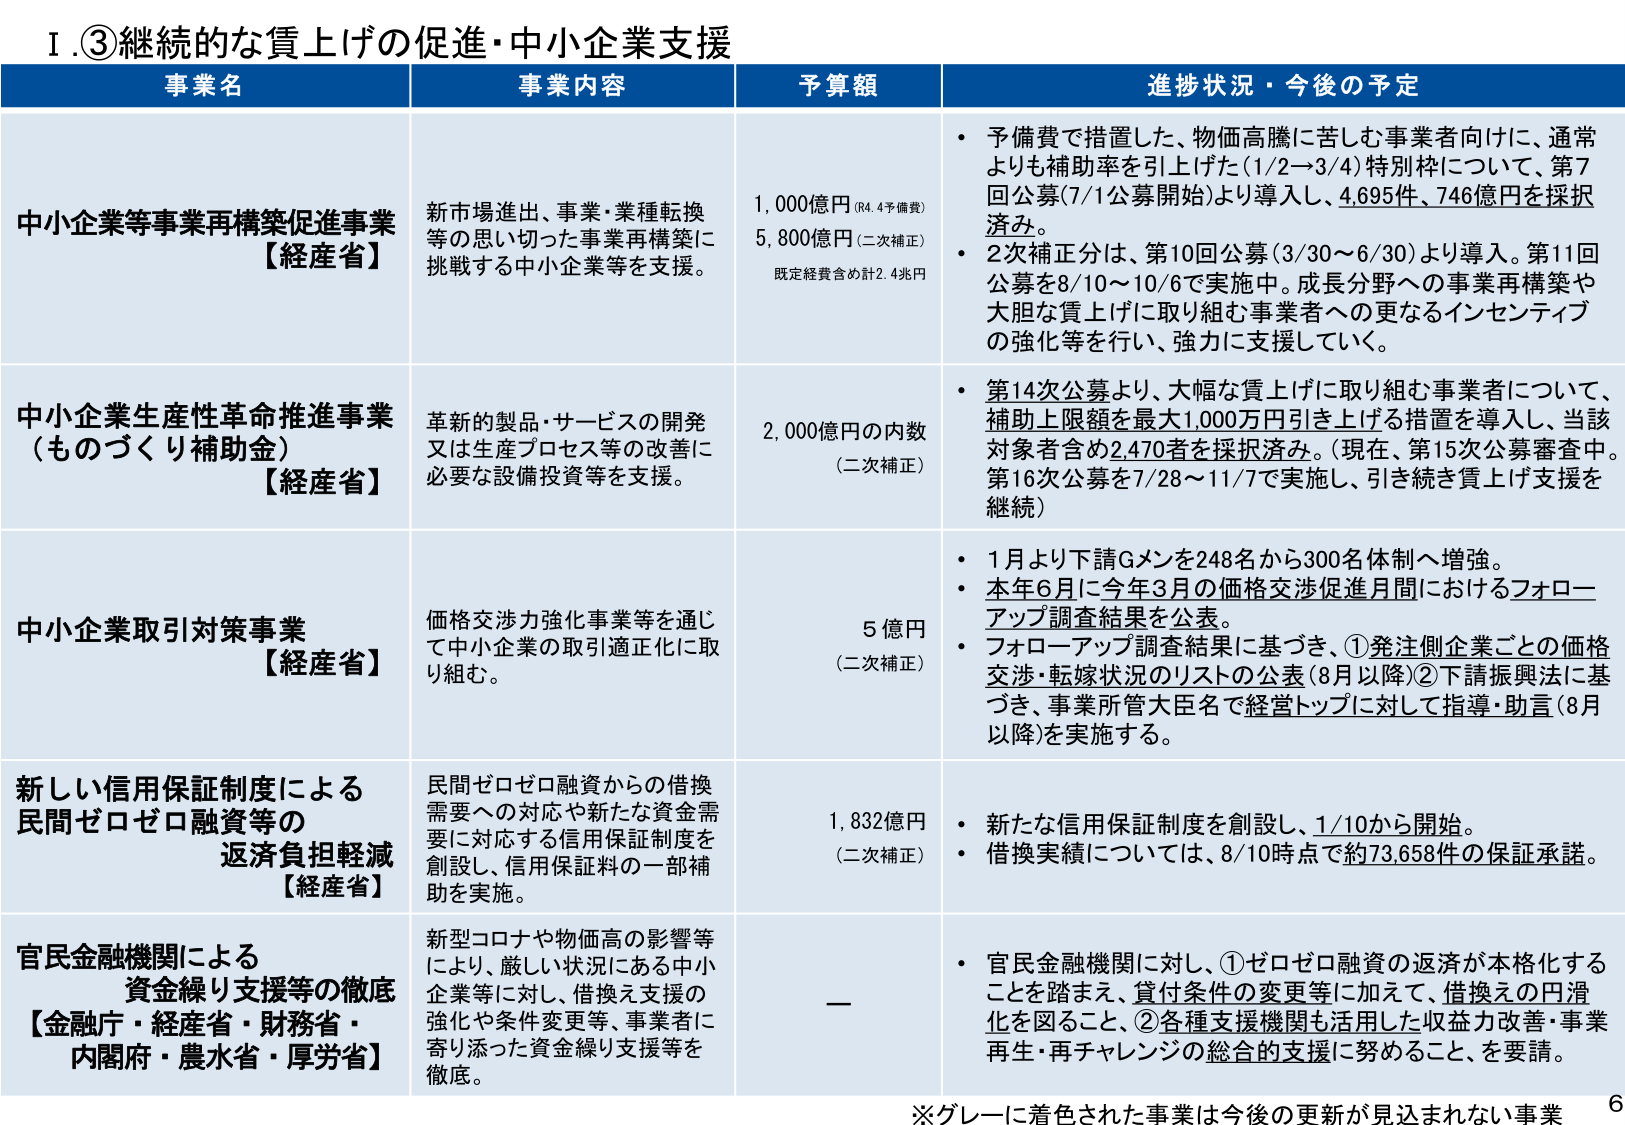
Ⅰ.③継続的な賃上げの促進・中小企業支援

事業名　　　　　　　　　　　　　事業内容　　　　　　　　　　　　　予算額　　　　　　　　　　　進捗状況・今後の予定

中小企業等事業再構築促進事業　新市場進出、事業・業種転換　　1,000億円（R4.4予備費）　・予備費で措置した、物価高騰に苦しむ事業者向けに、通常
【経産省】　　　　　　　　　　等の思い切った事業再構築に　　5,800億円（二次補正）　　よりも補助率を引き上げた（1/2～3/4）特別枠について、第7
　　　　　　　　　　　　　　　挑戦する中小企業等を支援。　　既定経費含め計2.4兆円　　回公募（7/1公募開始）より導入し、4,695件、746億円を採択
　　　　　　　　　　　　　　　　　　　　　　　　　　　　　　　　　　　　　　　　　済み。
　　　　　　　　　　　　　　　　　　　　　　　　　　　　　　　　　　　　　　　　　・2次補正分は、第10回公募（3/30～6/30）より導入。第11回
　　　　　　　　　　　　　　　　　　　　　　　　　　　　　　　　　　　　　　　　　公募を8/10～10/6で実施中。成長分野への事業再構築や
　　　　　　　　　　　　　　　　　　　　　　　　　　　　　　　　　　　　　　　　　大胆な賃上げに取り組む事業者への更なるインセンティブ
　　　　　　　　　　　　　　　　　　　　　　　　　　　　　　　　　　　　　　　　　の強化等を行い、強力に支援していく。

中小企業生産性革命推進事業　　革新的製品・サービスの開発　　2,000億円の内数　　　　・第14次公募より、大幅な賃上げに取り組む事業者について、
（ものづくり補助金）　　　　　　又は生産プロセス等の改善に　　（二次補正）　　　　　　補助上限額を最大1,000万円引き上げる措置を導入し、当該
【経産省】　　　　　　　　　　必要な設備投資等を支援。　　　　　　　　　　　　　　　　対象者含め2,470者を採択済み。（現在、第15次公募審査中。
　　　　　　　　　　　　　　　　　　　　　　　　　　　　　　　　　　　　　　　　　第16次公募を7/28～11/7で実施し、引き続き賃上げ支援を
　　　　　　　　　　　　　　　　　　　　　　　　　　　　　　　　　　　　　　　　　継続）

中小企業取引対策事業　　　　　価格交渉力強化事業等を通じ　　5億円　　　　　　　　　・1月より下請Gメンを248名から300名体制へ増強。
【経産省】　　　　　　　　　　て中小企業の取引適正化に取　　（二次補正）　　　　　　・本年6月に今年3月の価格交渉促進月間におけるフォロー
　　　　　　　　　　　　　　　り組む。　　　　　　　　　　　　　　　　　　　　　　　　アップ調査結果を公表。
　　　　　　　　　　　　　　　　　　　　　　　　　　　　　　　　　　　　　　　　　・フォローアップ調査結果に基づき、①発注側企業ごとの価格
　　　　　　　　　　　　　　　　　　　　　　　　　　　　　　　　　　　　　　　　　交渉・転振状況のリストの公表（8月以降）②下請振興法に基
　　　　　　　　　　　　　　　　　　　　　　　　　　　　　　　　　　　　　　　　　づき、事業所管大臣名で経営トップに対して指導・助言（8月
　　　　　　　　　　　　　　　　　　　　　　　　　　　　　　　　　　　　　　　　　以降）を実施する。

新しい信用保証制度による　　民間ゼロゼロ融資からの借換　　1,832億円　　　　　　　・新たな信用保証制度を創設し、1/10から開始。
民間ゼロゼロ融資等の　　　　需要への対応や新たな資金需　　（二次補正）　　　　　　・借換実績については、8/10時点で約73,658件の保証承諾。
返済負担軽減　　　　　　　　要に対応する信用保証制度を　　　　　　　　　　　　　　
【経産省】　　　　　　　　　　創設し、信用保証料の一部補　　　　　　　　　　　　　　
　　　　　　　　　　　　　　　助を実施。　　　　　　　　　　　　　　　　　　　　　　

官民金融機関による　　　　　　新型コロナや物価高の影響等　　—　　　　　　　　　　　・官民金融機関に対し、①ゼロゼロ融資の返済が本格化する
資金繰り支援等の徹底　　　　により、厳しい状況にある中小　　　　　　　　　　　　　　ことを踏まえ、貸付条件の変更等に加えて、借換えの円滑
【金融庁・経産省・財務省・　　企業等に対し、借換え支援の　　　　　　　　　　　　　　化を図ること、②各種支援機関も活用した収益力改善・事業
内閣府・農水省・厚労省】　　強化や条件変更等、事業者に　　　　　　　　　　　　　　再生・再チャレンジの総合的支援に努めること、を要請。
　　　　　　　　　　　　　　　寄り添った資金繰り支援等を　　　　　　　　　　　　　　
　　　　　　　　　　　　　　　徹底。　　　　　　　　　　　　　　　　　　　　　　　　

※グレーに着色された事業は今後の更新が見込まれない事業

6